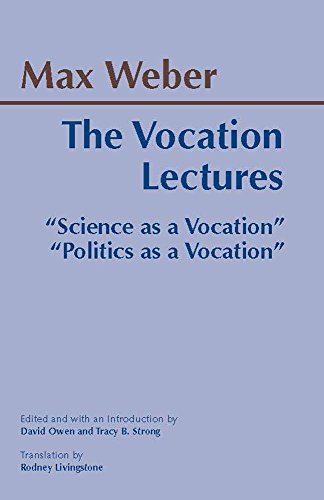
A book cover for The Vocation Lectures (Hackett Classics); Max Weber; Science & Math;